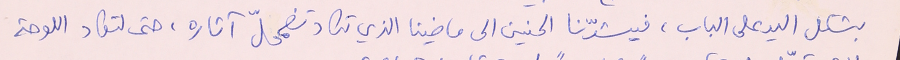
بشكل اليد على الباب، فيشدّنا الحنين الى ماضينا الذي تكاد تضمحلّ آثاره، حتى لتكاد اللوحة